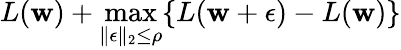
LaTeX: L(\mathbf{w})+\operatorname*{max}_{\| \mathbf{\epsilon}\| _{2}\leq\rho}\{ L(\mathbf{w}+\mathbf{\epsilon})-L(\mathbf{w})\}